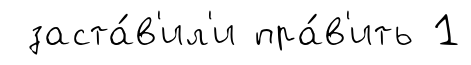
заста́в'ил'и пра́в'ить 1